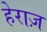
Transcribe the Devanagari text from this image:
हेराज़